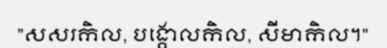
"សសរកិល, បង្គោលកិល, សីមាកិល។"